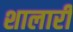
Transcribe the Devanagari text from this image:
शालारी